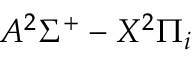
A ^ { 2 } \Sigma ^ { + } - X ^ { 2 } \Pi _ { i }